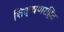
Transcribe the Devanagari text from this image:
शिक्षणरहित